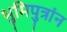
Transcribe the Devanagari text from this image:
भुमिपुत्रांन